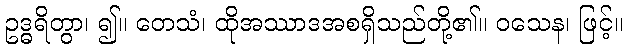
ဥဒ္ဓရိတွာ၊ ၍။ တေသံ၊ ထိုအဿာဒအစရှိသည်တို့၏။ ဝသေန၊ ဖြင့်။